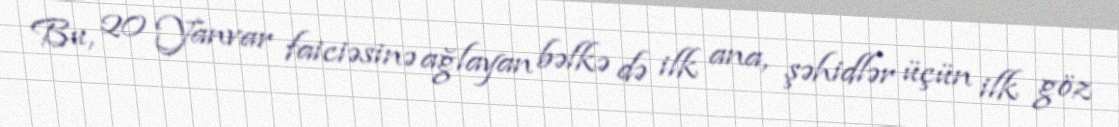
Bu, 20 Yanvar faiciəsinə ağlayan bəlkə də ilk ana, şəhidlər üçün ilk göz